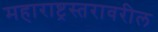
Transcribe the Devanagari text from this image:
महाराष्ट्रस्तरावरील